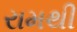
રામથી